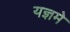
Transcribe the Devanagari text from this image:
यज्ञमे